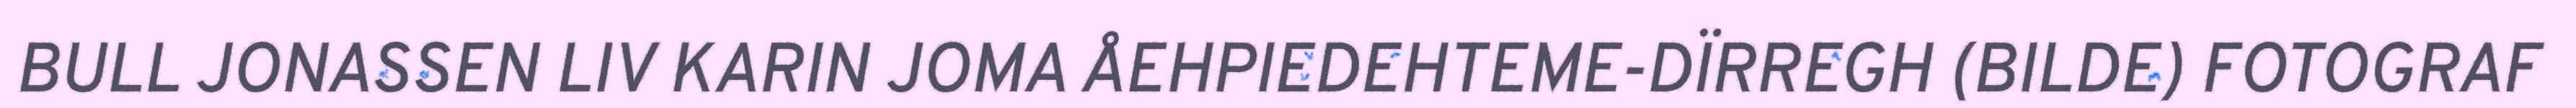
BULL JONASSEN LIV KARIN JOMA ÅEHPIEDEHTEME-DÏRREGH (BILDE) FOTOGRAF